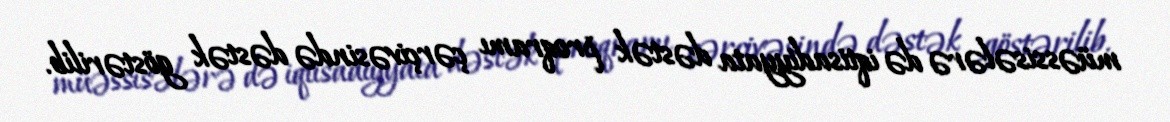
müəssisələrə də iqtisadiyyata dəstək proqramı çərçivəsində dəstək göstərilib.